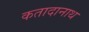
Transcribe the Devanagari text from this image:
कतादानाथ